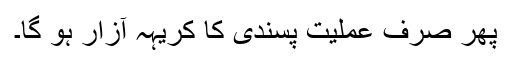
پھر صرف عملیت پسندی کا کریہہ آزار ہو گا۔